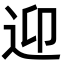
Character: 迎